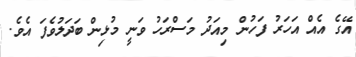
އޭގެ އެއް އަހަރު ފަހުން މިއަދު މަސްރަހު ވަނީ މުޅިން ބަދަލުވެފަ އެވެ.